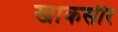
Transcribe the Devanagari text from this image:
खाकसीर